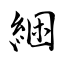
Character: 綑